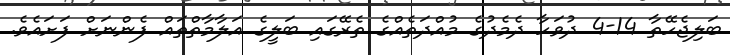
ބަލިޖެހޭތާ 14-4 ދުވަހާ ދެމެދުގެ މުއްދަތެއްގެ ތެރޭގައި ބަލީގެ އަލާމާތްތައް ފެންނަށް ފަށައެވެ.